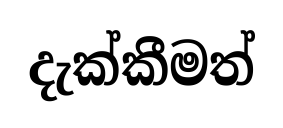
දැක්කීමත්